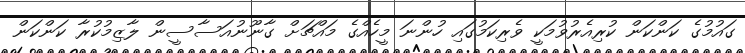
ގައުމުގެ ކަންކަން ކުރިއެރުވުމަކީ ވެރިކަމުގައި ހުންނަ މީހެއްގެ މައްޗަށް ގާނޫނުއަސާސީން ލާޒިމުކުރާ ކަންކަން